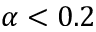
\alpha < 0 . 2